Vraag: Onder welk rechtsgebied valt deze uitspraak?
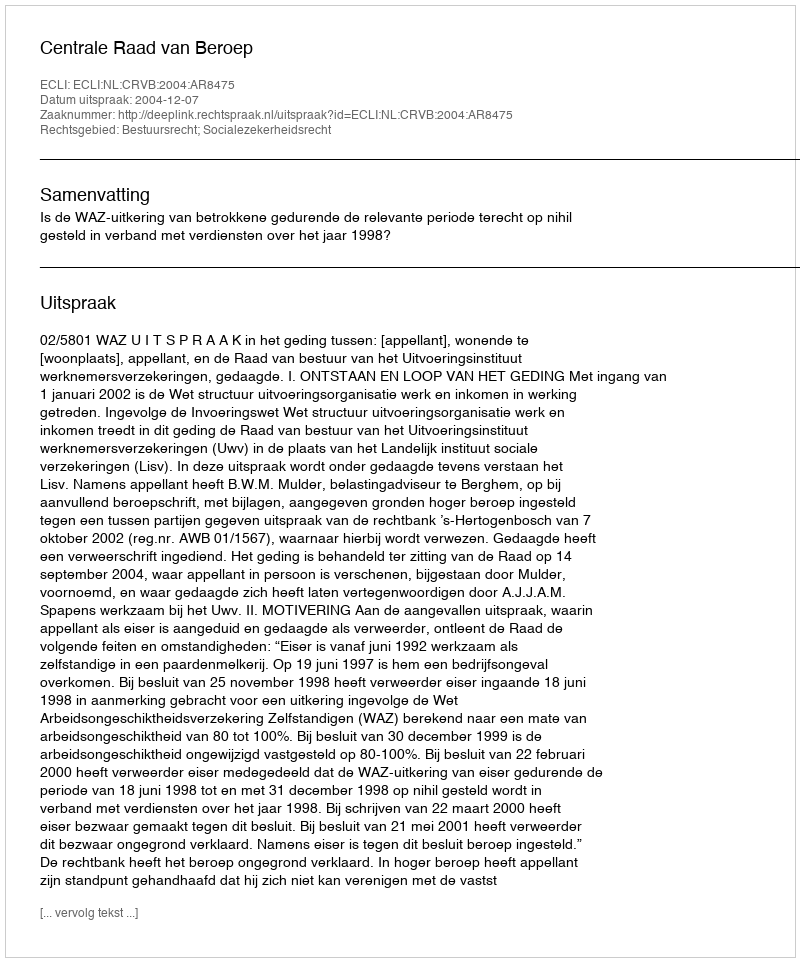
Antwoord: Bestuursrecht; Socialezekerheidsrecht